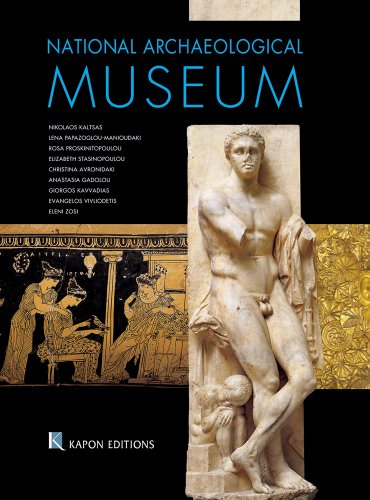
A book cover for National Archaeological Museum; Nikolaos Kaltsas; Travel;